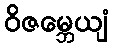
ဝိဇမ္ဘေယျံ